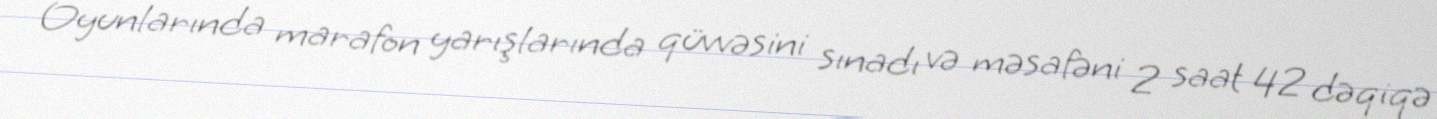
Oyunlarında marafon yarışlarında qüvvəsini sınadı və məsafəni 2 saat 42 dəqiqə